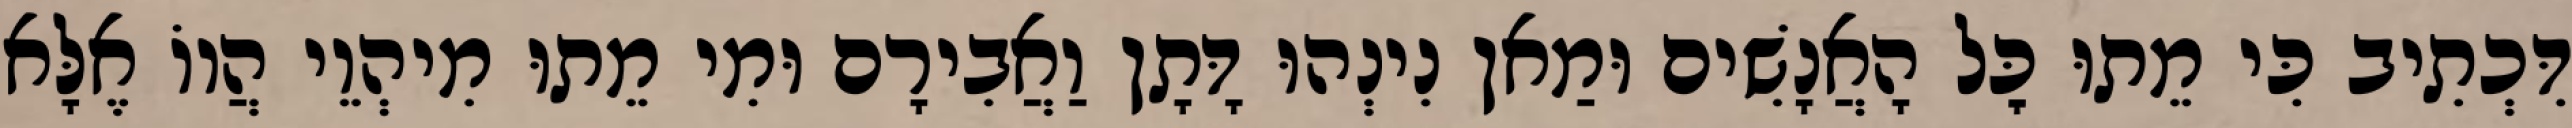
דִּכְתִיב כִּי מֵתוּ כׇּל הָאֲנָשִׁים וּמַאן נִינְהוּ דָּתָן וַאֲבִירָם וּמִי מֵתוּ מִיהְוֵי הֲווֹ אֶלָּא